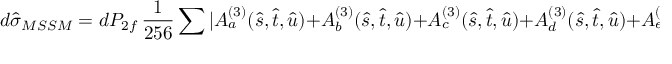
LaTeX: d { \hat { \sigma } _ { M S S M } } = d P _ { 2 f } \, \frac { 1 } { 2 5 6 } \sum | A _ { a } ^ { ( 3 ) } ( \hat { s } , \hat { t } , \hat { u } ) + A _ { b } ^ { ( 3 ) } ( \hat { s } , \hat { t } , \hat { u } ) + A _ { c } ^ { ( 3 ) } ( \hat { s } , \hat { t } , \hat { u } ) + A _ { d } ^ { ( 3 ) } ( \hat { s } , \hat { t } , \hat { u } ) + A _ { e } ^ { ( 3 ) } ( \hat { s } , \hat { t } , \hat { u } ) | ^ { 2 } \; ,